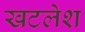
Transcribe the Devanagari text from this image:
खटलेश